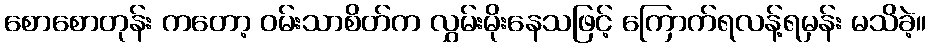
စောစောတုန်း ကတော့ ဝမ်းသာစိတ်က လွှမ်းမိုးနေသဖြင့် ကြောက်ရလန့်ရမှန်း မသိခဲ့။